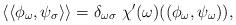
LaTeX: \begin{align*}\langle\langle \phi_\omega,\psi_\sigma \rangle\rangle=\delta_{\omega \sigma}~\chi'(\omega)((\phi_\omega,\psi_\omega)),\end{align*}